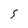
Character: 5